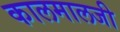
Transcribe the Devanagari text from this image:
कालमालजी